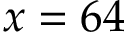
x = 6 4